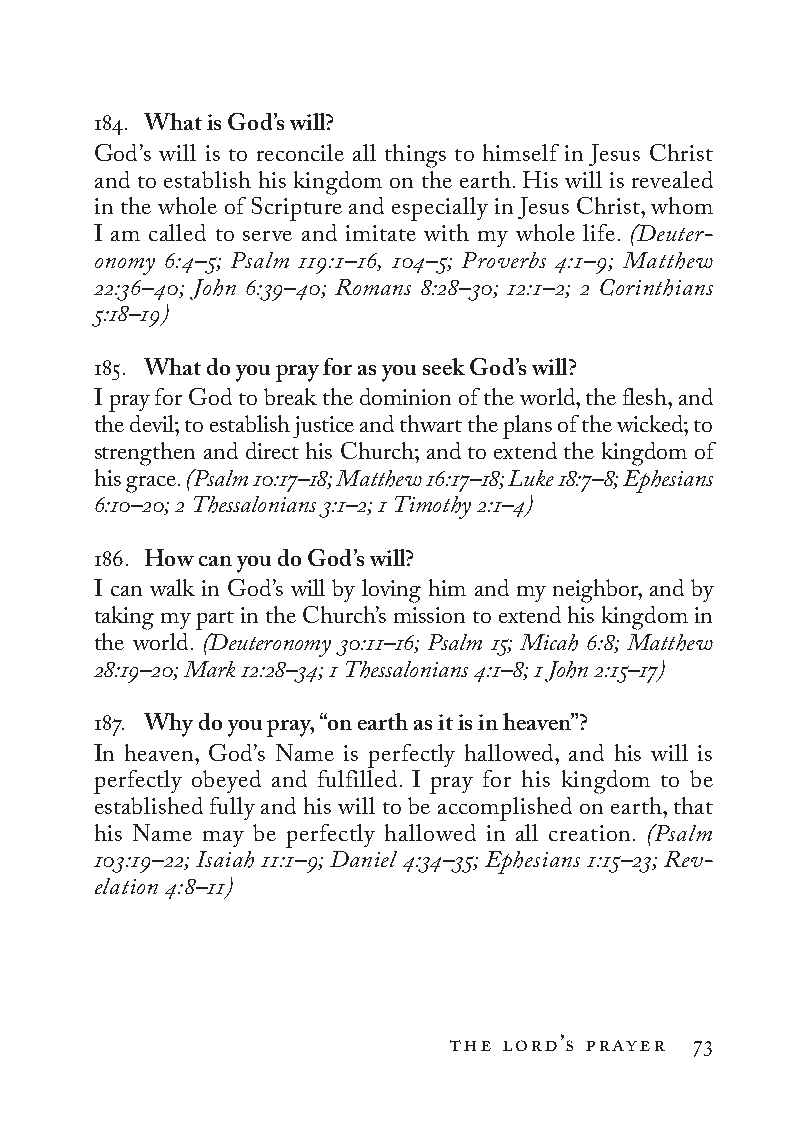
184. What is God’s will?
 God’s will is to reconcile all things to himself in Jesus Christ
 and to establish his kingdom on the earth. His will is revealed
 in the whole of Scripture and especially in Jesus Christ, whom
 I am called to serve and imitate with my whole life. (Deuter­
 onomy 6:4–5; Psalm 119:1–16, 104–5; Proverbs 4:1–9; Matthew
 22:36–40; John 6:39–40; Romans 8:28–30; 12:1–2; 2 Co rin thi ans
 5:18–19)
 185. What do you pray for as you seek God’s will?
 I pray for God to break the dominion of the world, the flesh, and
 the devil; to establish justice and thwart the plans of the wicked; to
 strengthen and direct his Church; and to extend the kingdom of
 his grace. (Psalm 10:17–18; Matthew 16:17–18; Luke 18:7–8; Ephesians
 6:10–20; 2 Thessalonians 3:1–2; 1 Timothy 2:1–4)
 186. How can you do God’s will?
 I can walk in God’s will by loving him and my neighbor, and by
 taking my part in the Church’s mission to extend his kingdom in
 the world. (Deuteronomy 30:11–16; Psalm 15; Micah 6:8; Matthew
 28:19–20; Mark 12:28–34; 1 Thessalonians 4:1–8; 1 John 2:15–17)
 187. Why do you pray, “on earth as it is in heaven”?
 In heaven, God’s Name is perfectly hallowed, and his will is
 perfectly obeyed and fulfilled. I pray for his kingdom to be
 established fully and his will to be accomplished on earth, that
 his Name may be perfectly hallowed in all creation. (Psalm
 103:19–22; Isaiah 11:1–9; Daniel 4:34–35; Ephesians 1:15–23; Rev­
 elation 4:8–11)
 the lord’s prayer 73
 To be a Christian.566776.int.indd 73        11/13/19 1:31 PM